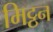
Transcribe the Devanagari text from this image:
मिट्ठन